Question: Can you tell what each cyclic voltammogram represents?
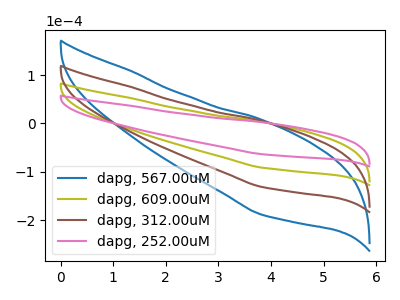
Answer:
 <answer>The blue curve is labeled "dapg, 567.00uM". The olive curve is labeled "dapg, 609.00uM". The brown curve is labeled "dapg, 312.00uM". The pink curve is labeled "dapg, 252.00uM".</answer>
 <eval></eval>